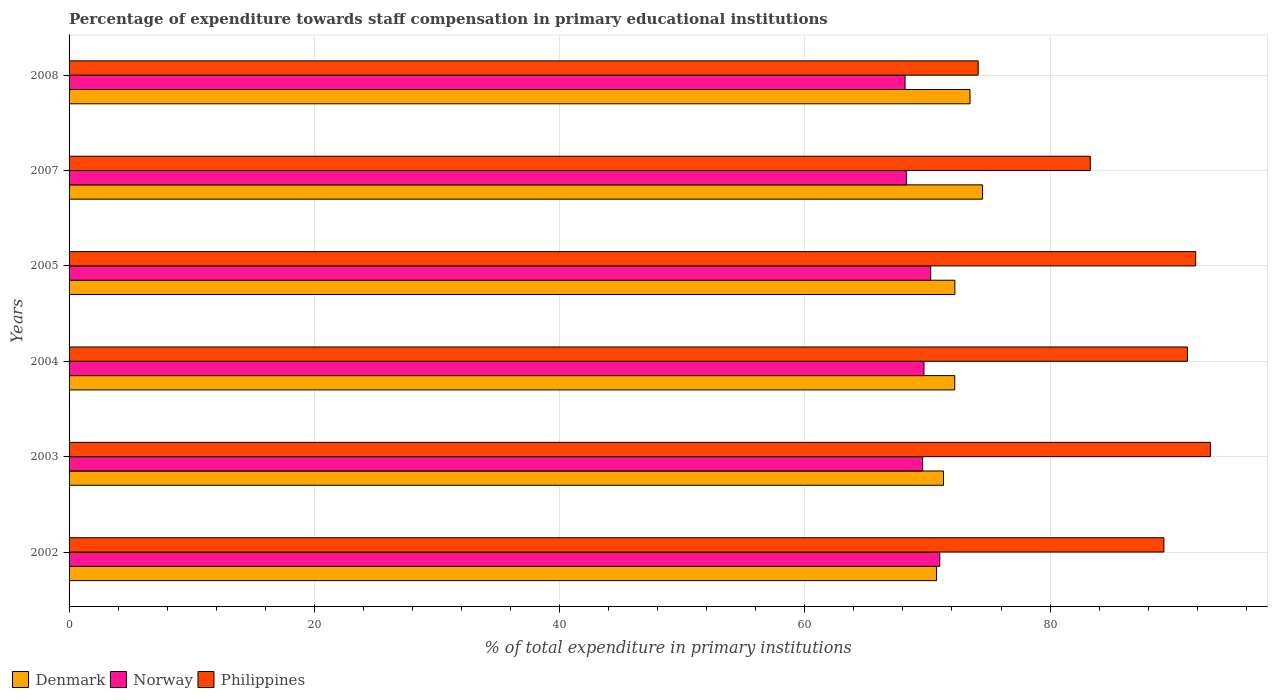
| Years | Denmark | Norway | Philippines |
 | --- | --- | --- | --- |
 | 2002 | 70.7 | 71 | 89.3 |
 | 2003 | 71.3 | 69.6 | 93.1 |
 | 2004 | 72.2 | 69.7 | 91.2 |
 | 2005 | 72.2 | 70.3 | 91.9 |
 | 2007 | 74.5 | 68.3 | 83.3 |
 | 2008 | 73.5 | 68.2 | 74.1 |